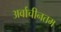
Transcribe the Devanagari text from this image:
अर्वाचीनतम